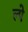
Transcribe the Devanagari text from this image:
ल्पे